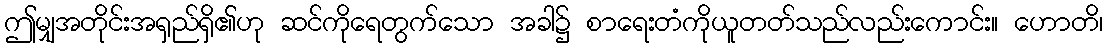
ဤမျှအတိုင်းအရှည်ရှိ၏ဟု ဆင်ကိုရေတွက်သော အခါ၌ စာရေးတံကိုယူတတ်သည်လည်းကောင်း။ ဟောတိ၊